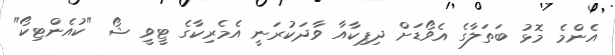
އެންމެ މޮޅު ބަތަލާގެ އެވޯޑަށް ދިޕިކާއާ ވާދަކުރަނީ އެމެރިކާގެ ޓީވީ ޝޯ "ކުއެންޓިކޯ"